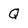
Character: Q